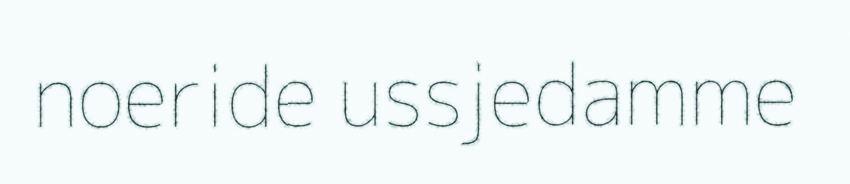
noeride ussjedamme